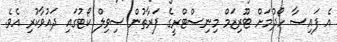
އެ ފައިސާ ހޯދުމަށް ޓޫރިޒަމް މިނިސްޓްރީގެ ފަރާތުން ސިވިލް ކޯޓުގައި ދައުވާކުރި އެވެ.